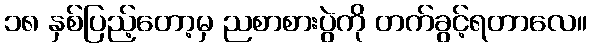
၁၈ နှစ်ပြည့်တော့မှ ညစာစားပွဲကို တက်ခွင့်ရတာလေ။